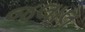
જલાલ